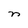
Character: n